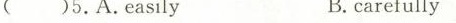
( )5.A,easily B.carefully